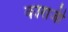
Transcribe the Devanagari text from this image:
काराजी